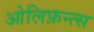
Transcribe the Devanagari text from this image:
ओलिफ़न्त्स